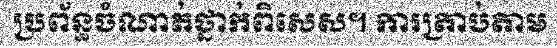
ប្រព័ន្ធចំណាត់ថ្នាក់ពិសេស។ ការត្រាប់តាម